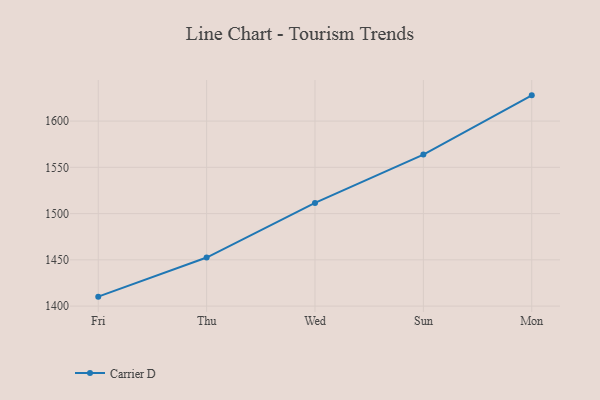
{"axis": {"x": "Day", "y": "Population (Million)"}, "legend": ["Carrier D"], "data": [{"x": "Fri", "y": 1410.2, "type": "Carrier D"}, {"x": "Thu", "y": 1452.5, "type": "Carrier D"}, {"x": "Wed", "y": 1511.5, "type": "Carrier D"}, {"x": "Sun", "y": 1563.8, "type": "Carrier D"}, {"x": "Mon", "y": 1627.8, "type": "Carrier D"}]}